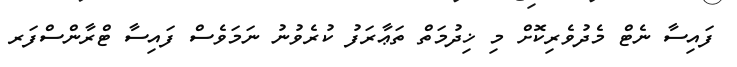
ފައިސާ ނެޓް މެދުވެރިކޮށް މި ޚިދުމަތް ތަޢާރަފު ކުރެވުނު ނަމަވެސް ފައިސާ ޓްރާންސްފަރ